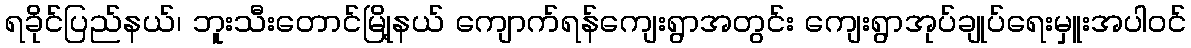
ရခိုင်ပြည်နယ်၊ ဘူးသီးတောင်မြို့နယ် ကျောက်ရန်ကျေးရွာအတွင်း ကျေးရွာအုပ်ချုပ်ရေးမှူးအပါဝင်